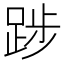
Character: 踄